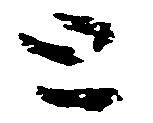
と